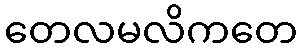
တေလမလိကတေ